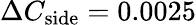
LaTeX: \Delta C_{\mathrm{side}}=0.0025